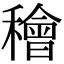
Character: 𥢶